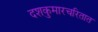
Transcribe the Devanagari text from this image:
दशकुमारचरितात